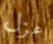
عزل